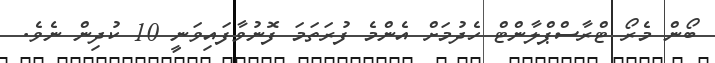
ބޯން މެރޯ ޓްރާސްޕްލާންޓް ހެދުމަށް އެންމެ ފުރަތަމަ ފޮނުވާފައިވަނީ 10 ކުދިން ނެވެ.